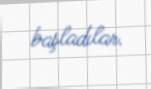
başladılar.